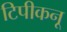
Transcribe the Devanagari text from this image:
टिपीकनू